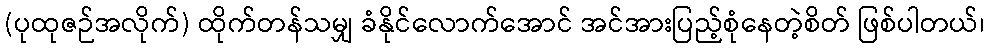
(ပုထုဇဉ်အလိုက်) ထိုက်တန်သမျှ ခံနိုင်လောက်အောင် အင်အားပြည့်စုံနေတဲ့စိတ် ဖြစ်ပါတယ်၊